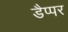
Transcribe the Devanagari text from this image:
डैप्पर